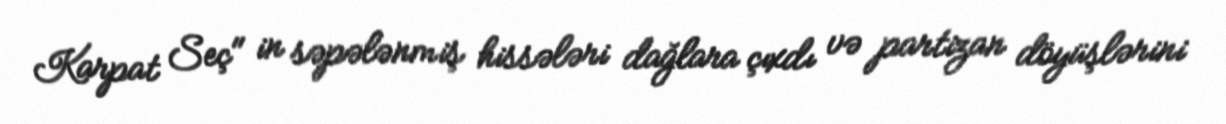
Karpat Seç" in səpələnmiş hissələri dağlara çıxdı və partizan döyüşlərini